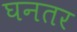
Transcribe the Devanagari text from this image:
घनतर